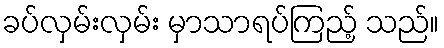
ခပ်လှမ်းလှမ်း မှာသာရပ်ကြည့် သည်။